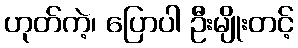
ဟုတ်ကဲ့၊ ပြောပါ ဦးမျိုးတင့်